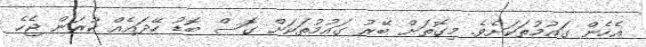
އެހެން ގައުމުތަކަށެވެ. މިގޮތަށް ބޭރު ގައުމުތަކަށް ގޮސް ބޮޑު ހޭދައެއް ކުރަން ޖެހެ